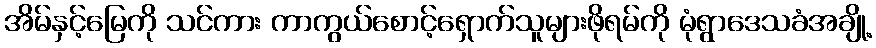
အိမ်နှင့်မြေကို သင်ကား ကာကွယ်စောင့်ရှောက်သူများဖိုရမ်ကို မုံရွာဒေသခံအချို့